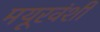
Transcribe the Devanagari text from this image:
मयूरवंशी